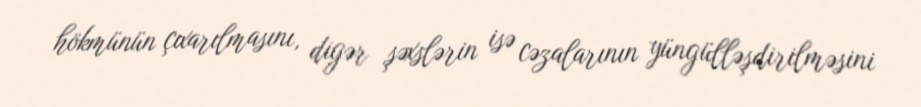
hökmünün çıxarılmasını, digər şəxslərin isə cəzalarının yüngülləşdirilməsini